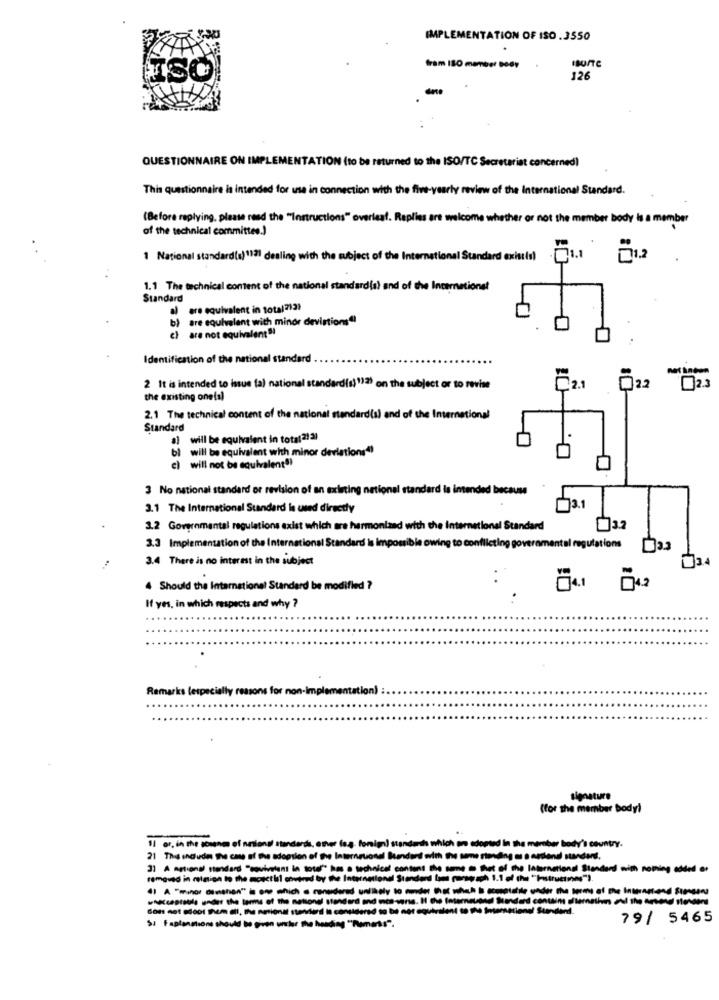
IMPLEMENTATION OF ISO .3550
fram ISO member Body
126
QUESTIONNAIRE ON IMPLEMENTATION (to be returned to the ISO/TC Secretariat concerned)
This questionnaire is intended for use in connection with the five-yearly review of the International Standard.
(Before replying, please read the "Instructions" overleaf. Replies are welcome whether or not the member body is a member
of the technical committee.)
1 National standard(s)1121 dealing with the subject of the International Standard existis)
1.1 The technical content of the national standard(s) and of the Internet
ional
Standard
al are equivalent in total2131
) are equivalent with minor devistions"
cl are not equivalent "!
Identification of the national standard
2.1
2 It is intended to issue fa) national standard(s) 112) on the subject or to revise
022
023
the existing one(s)
2.1 The technical content of the national standard(s) and of the International
Standard
al will be equivalent in total 2! 3)
bi will be equivalent with minor deviations4
c) will not be equivalent"
3 No national standard or revision of an existing national standard is intended because
3.1 The International Standard is used directly
3.1
3.2 Governmental regulations exist which are harmonized with the International Standard
3.3 Implementation of the International Standard is impossible owing to conflicting governmental regulations []3.3
3.4 There is no interest in the subject
Should the International Standard be modified ?
..
If yes, in which respects and why ?
.
Remarks (especially reasons for non-Implementation) :
signature
(for the member body)
11 or, in the sosanm of manlangl standards, eter f
which are adopted in the member body's country.
21 This includes The case of the adoption of the In
( me . het of the International Standard with nothing added er
removed in minion to the mosthil covered by the International
UNhely to
s. H the International Standard contains ohtemethes all the arend sovaen!
Con not soot them all, the national standeril Is considered to be net equivalent to the Sesamsetiene! Standand.
79/ 5465